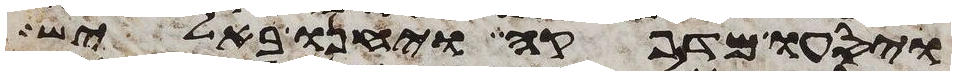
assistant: ויסעו מדפקה ויחנו באליש